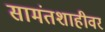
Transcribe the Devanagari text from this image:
सामंतशाहीवर